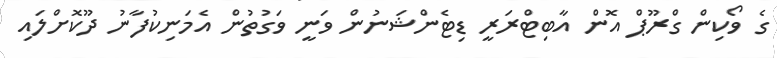
ގެ ވޯކިން ގްރޫޕް އޮން އާބިޓްރަރީ ޑިޓެންޝަނުން ވަނީ ވަގުތުން އެމަނިކުފާނު ދޫކޮށްލައި